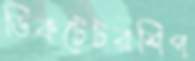
ডিকটেটরশিপ